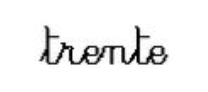
trente